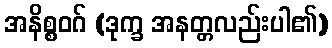
အနိစ္စဝဂ် (ဒုက္ခ အနတ္တလည်းပါ၏)